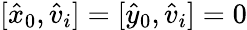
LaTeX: [\hat{x}_{0},\hat{v}_{i}]=[\hat{y}_{0},\hat{v}_{i}]=0